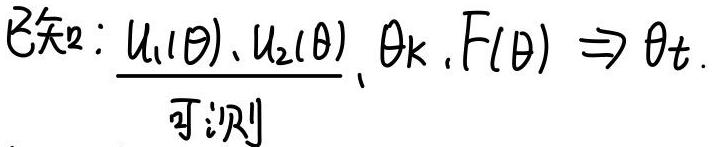
已知: $\underbrace{u_1(\theta), u_2(\theta)}_{\text{可测}}, \theta_k, F(\theta) \Rightarrow \theta_t.$